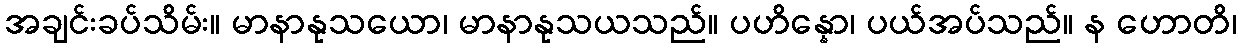
အချင်းခပ်သိမ်း။ မာနာနုသယော၊ မာနာနုသယသည်။ ပဟိန္နော၊ ပယ်အပ်သည်။ န ဟောတိ၊